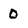
Character: 0